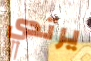
يرتدي